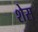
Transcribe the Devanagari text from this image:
शेस